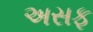
અસફ